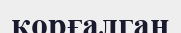
қорғалган